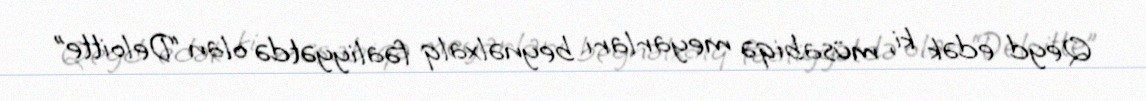
Qeyd edək ki, müsabiqə meyarları beynəlxalq fəaliyyətdə olan “Deloitte”